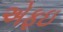
એફઇ